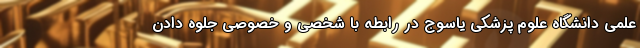
علمی دانشگاه علوم پزشکی یاسوج در رابطه با شخصی و خصوصی جلوه دادن